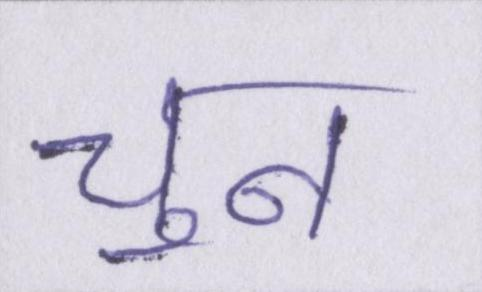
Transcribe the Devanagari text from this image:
चुन